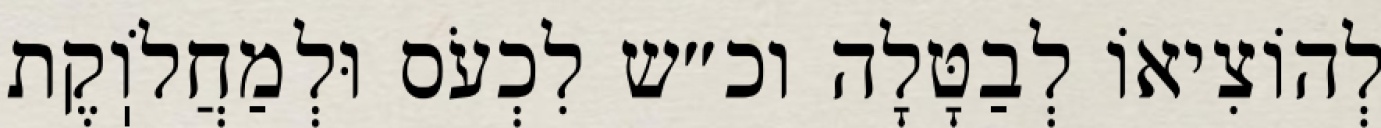
לְהוֹצִיאוֹ לְבַטָּלָה וכ״ש לִכְעֹס וּלְמַחֲלֹוֽקֶת